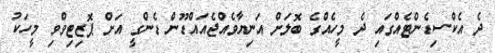
ދެ އެކްސިޑެންޓެއްގައި ދެ މީހެއްގެ ބޮލަށް އަނިޔާވެއްޖެއައްޑޫން ޑެންގީ އަށް ޕޮޒިޓިވްވި މީހަކު